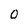
Character: O